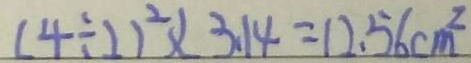
( 4 \div 2 ) ^ { 2 } \times 3 . 1 4 = 1 2 . 5 6 c m ^ { 2 }